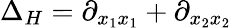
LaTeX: \Delta_{H}=\partial_{x_{1}x_{1}}+\partial_{x_{2}x_{2}}